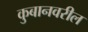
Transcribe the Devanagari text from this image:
कुबानवरील